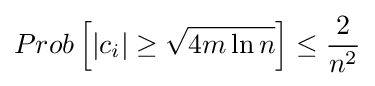
Prob\left[|c_{i}|\geq {\sqrt {4m\ln n}}\right]\leq {\frac {2}{n^{2}}}